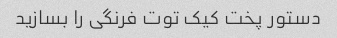
دستور پخت کیک توت فرنگی را بسازید